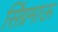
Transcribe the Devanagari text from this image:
सिंग्रमाऊ